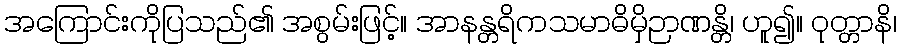
အကြောင်းကိုပြသည်၏ အစွမ်းဖြင့်။ အာနန္တရိကသမာဓိမှိဉာဏန္တိ၊ ဟူ၍။ ဝုတ္တာနိ၊